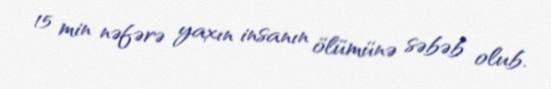
15 min nəfərə yaxın insanın ölümünə səbəb olub.